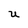
Character: U